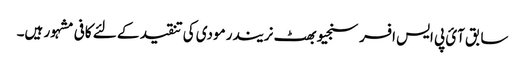
سابق آئ پی ایس افسر سنجیو بھٹ نریندر مودی کی تنقید کے لئے کافی مشہور ہیں۔